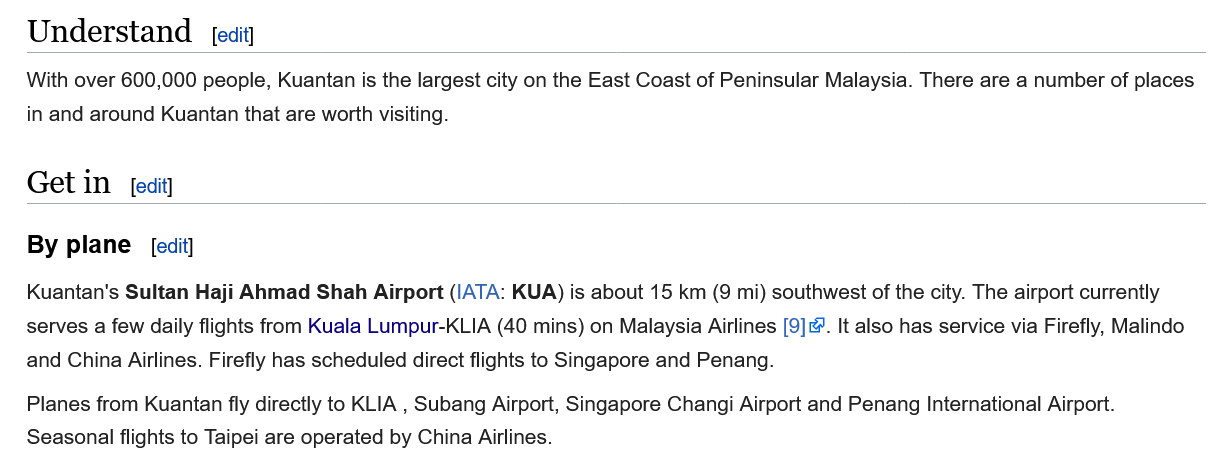
With over 600,000 people, Kuantan is the largest city on the East Coast of Peninsular Malaysia. There are a number of places
   in and around Kuantan that are worth visiting.
   Kuantan's Sultan Haji Ahmad Shah Airport (!ATA: KUA) is about 15 km (9 mi) southwest of the city. The airport currently
   serves a few daily flights from Kuala Lumpur-KLIA (40 mins) on Malaysia Airlines [9]. It also has service via Firefly, Malindo
   and China Airlines. Firefly has scheduled direct flights to Singapore and Penang.
   Planes from Kuantan fly directly to KLIA
     ,
     Subang Airport, Singapore Changi Airport and Penang International Airport.
   Seasonal flights to Taipei are operated by China Airlines.
   Understand    [edit]
   Get  in   [ecit]
   By  plane  [edit]